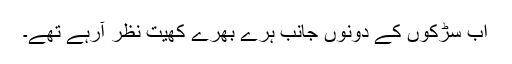
اب سڑکوں کے دونوں جانب ہرے بھرے کھیت نظر آرہے تھے۔